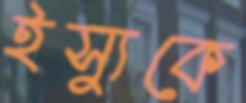
ইস্যুকে